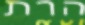
הרת